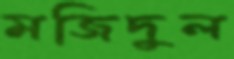
মজিদুল